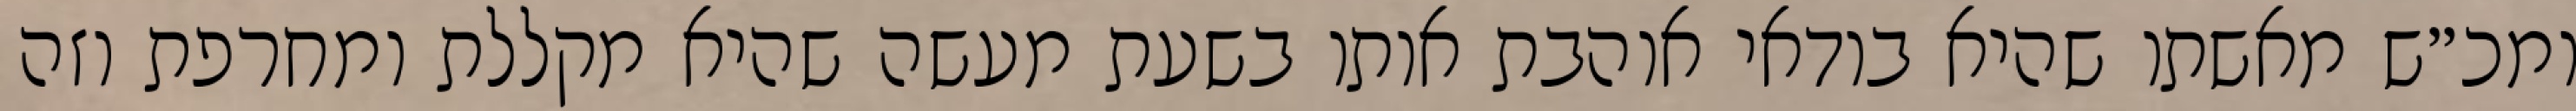
ומכ״ש מאשתו שהיא בודאי אוהבת אותו בשעת מעשה שהיא מקללת ומחרפת וזה